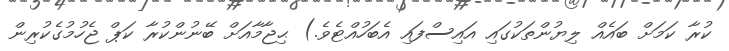
ކުރާ ކަމަށް ބައެއް ލިޔުންތަކުގައި އައިސްފައި އެބަހުއްޓެވެ.) ޙިޖާމާއަށް ބޭނުންކުރާ ކަޕް ޖެހުމުގެކުރިން